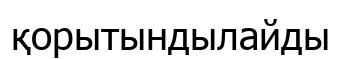
қорытындылайды